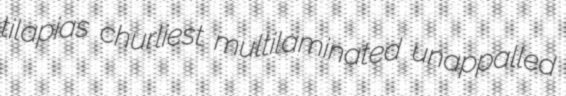
tilapias churliest multilaminated unappalled